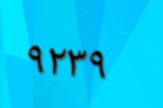
٩٢٣٩